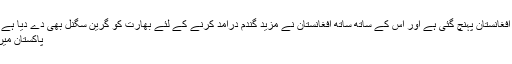
بھارت سے 15 ہزار ٹن گندم کی کھیپ افغانستان پہنچ گئی ہے اور اس کے ساتھ ساتھ افغانستان نے مزید گندم درآمد کرنے کے لئے بھارت کو گرین سگنل بھی دے دیا ہے جس سے پاکستان کو بڑا جھٹکا لگا ہے.
پاکستان میں کتنے لوگ نیٹ کا استعمال کرتے ہیں؟